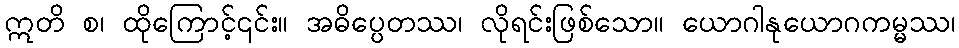
ဣတိ စ၊ ထိုကြောင့်၎င်း။ အဓိပ္ပေတဿ၊ လိုရင်းဖြစ်သော။ ယောဂါနုယောဂကမ္မဿ၊